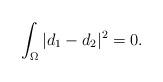
LaTeX: \begin{align*}\int_{\Omega}|d_1-d_2|^2=0.\end{align*}